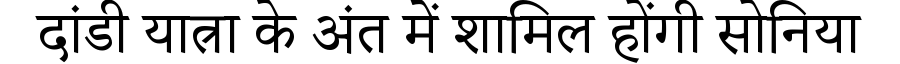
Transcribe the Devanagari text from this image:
दांडी यात्रा के अंत में शामिल होंगी सोनिया